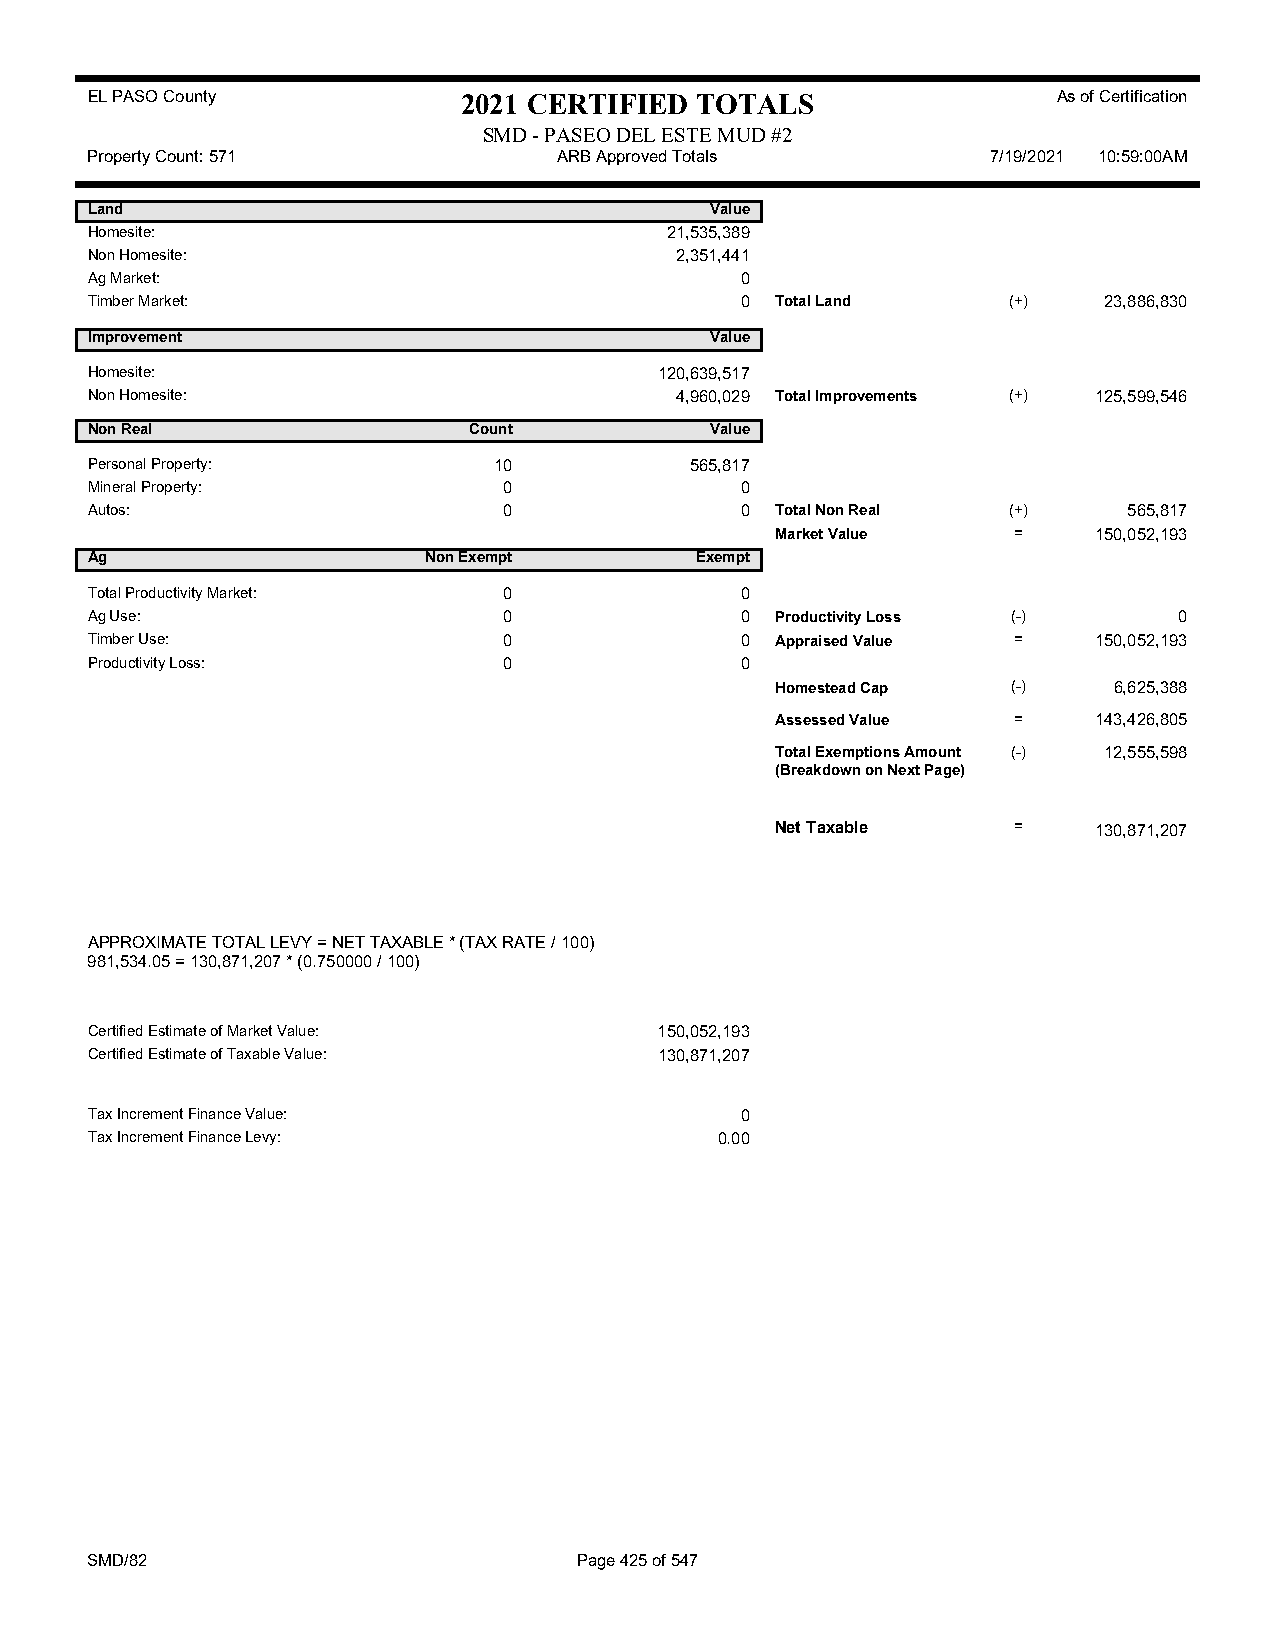
EL PASO County           2021 CERTIFIED TOTALS                  As of Certification
 SMD - PASEO DEL ESTE MUD #2
 Property Count: 571            ARB Approved Totals          7/19/2021 10:59:00AM
 Land                                     Value
 Homesite:                             21,535,389
 Non Homesite:                          2,351,441
 Ag Market:                                 0
 Timber Market:                             0 Total Land      (+)   23,886,830
 Improvement                              Value
 Homesite:                             120,639,517
 Non Homesite:                          4,960,029 Total Improvements (+) 125,599,546
 Non Real                 Count           Value
 Personal Property:         10           565,817
 Mineral Property:          0               0
 Autos:                     0               0 Total Non Real  (+)     565,817
 Market Value    =    150,052,193
 Ag                    Non Exempt        Exempt
 Total Productivity Market: 0               0
 Ag Use:                    0               0 Productivity Loss (-)      0
 Timber Use:                0               0 Appraised Value =    150,052,193
 Productivity Loss:         0               0
 Homestead Cap   (-)    6,625,388
 Assessed Value  =    143,426,805
 Total Exemptions Amount (-) 12,555,598
 (Breakdown on Next Page)
 Net Taxable     =    130,871,207
 APPROXIMATE TOTAL LEVY = NET TAXABLE * (TAX RATE / 100)
 981,534.05 = 130,871,207 * (0.750000 / 100)
 Certified Estimate of Market Value:   150,052,193
 Certified Estimate of Taxable Value:  130,871,207
 Tax Increment Finance Value:               0
 Tax Increment Finance Levy:               0.00
 SMD/82                          Page 425 of 547